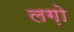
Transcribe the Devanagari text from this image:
लग़ो